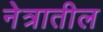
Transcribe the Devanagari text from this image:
नेत्रातील